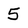
Character: 5